Reports on dispensaries and lunatic asylums in the Province of Oudh - 1869-1876
Year: 1869
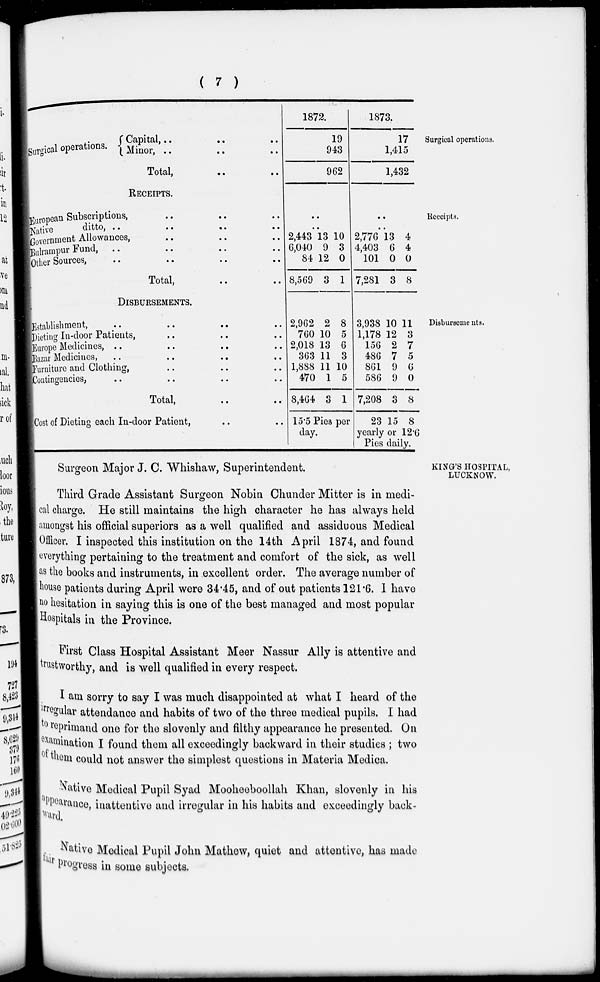
( 7 )
Surgical operations.
Surgical operations.
Capital, .. .. ..
Minor, .. .. ..
Total,
..
..
1872.
19
943
962
1873.
17
1,415
1,432
Receipts.
RECEIPTS.
European Subscriptions, .. .. ..
Native
ditto,
..
..
..
..
Government Allowances, .. .. ..
Bulrampur Fund, .. .. .. ..
Other Sources, .. .. .. ..
Total,
..
..
2,443
6,040
84
8,569
13
9
12
3
10
3
0
1
..
..
2,776
4,403
101
7,281
13
6
0
3
4
4
0
8
Disbursements.
DISBURSEMENTS.
Establishment,
Dieting In-door Patients,
Europe Medicines,
Bazar Medicines,
Furniture and Clothing,
Contingencies,
Total,
Cost of Dieting each In-door Patient,
2,962
760
2,018
363
1,888
470
8,464
2
10
13
11
11
1
3
8
5
6
3
10
5
1
15.5 Pies per
day.
3,938
1,178
156
486
861
586
7,208
23
10
12
2
7
9
9
3
15
11
3
7
5
6
0
8
8
yearly or 12.6
Pies daily.
KING'S HOSPITAL,
LUCKNOW.
Surgeon Major J. C. Whishaw, Superintendent.
Third Grade Assistant Surgeon Nobin Chunder Mitter is in medi-
cal charge. He still maintains the high character he has always held
amongst his official superiors as a well qualified and assiduous Medical
Officer. I inspected this institution on the 14th April 1874, and found
everything pertaining to the treatment and comfort of the sick, as well
as the books and instruments, in excellent order. The average number of
house patients during April were 34.45, and of out patients 121.6. 1 have
no hesitation in saying this is one of the best managed and most popular
Hospitals in the Province.
First Class Hospital Assistant Meer Nassur Ally is attentive and
trustworthy, and is well qualified in every respect.
I am sorry to say I was much disappointed at what I heard of the
irregular attendance and habits of two of the three medical pupils. I had
to reprimand one for the slovenly and filthy appearance he presented. On
examination I found them all exceedingly backward in their studies ; two
of them could not answer the simplest questions in Materia Medica.
Native Medical Pupil Syad Mooheeboollah Khan, slovenly in his
appearance, inattentive and irregular in his habits and exceedingly back-
ward.
Native Medical Pupil John Mathew, quiet and attentive, has made
fair progress in some subjects.